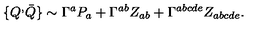
\{ Q ^ { , } \bar { Q } \} \sim \Gamma ^ { a } P _ { a } + \Gamma ^ { a b } Z _ { a b } + \Gamma ^ { a b c d e } Z _ { a b c d e } .